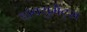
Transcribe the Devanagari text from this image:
डाक्युमेंट्स